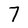
Character: 7